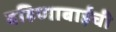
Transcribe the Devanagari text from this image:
बहिणाबाईची